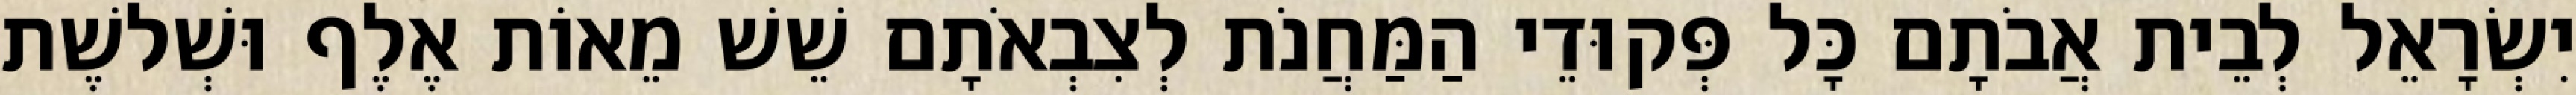
יִשְׂרָאֵל לְבֵית אֲבֹתָם כָּל פְּקוּדֵי הַמַּחֲנֹת לְצִבְאֹתָם שֵׁשׁ מֵאוֹת אֶלֶף וּשְׁלשֶׁת